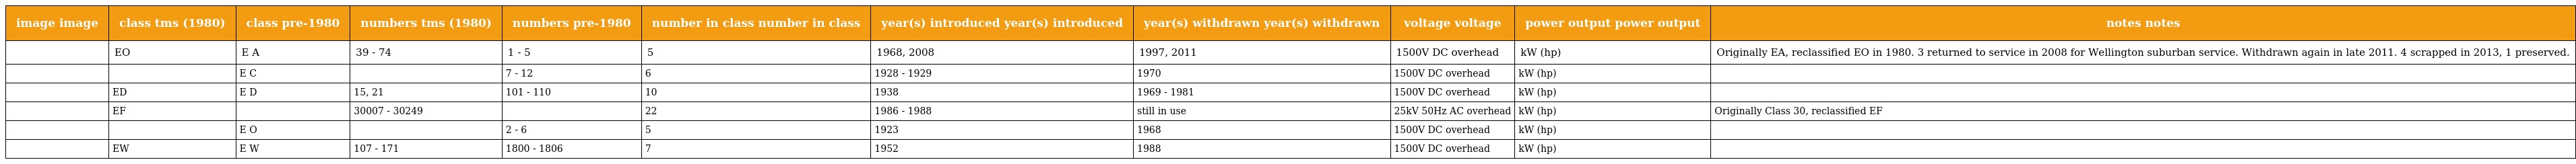
| image image | class tms (1980) | class pre-1980 | numbers tms (1980) | numbers pre-1980 | number in class number in class | year(s) introduced year(s) introduced | year(s) withdrawn year(s) withdrawn | voltage voltage | power output power output | notes notes |
 | --- | --- | --- | --- | --- | --- | --- | --- | --- | --- | --- |
 |  | EO | E A | 39 - 74 | 1 - 5 | 5 | 1968, 2008 | 1997, 2011 | 1500V DC overhead | kW (hp) | Originally EA, reclassified EO in 1980. 3 returned to service in 2008 for Wellington suburban service. Withdrawn again in late 2011. 4 scrapped in 2013, 1 preserved. |
 |  |  | E C |  | 7 - 12 | 6 | 1928 - 1929 | 1970 | 1500V DC overhead | kW (hp) |  |
 |  | ED | E D | 15, 21 | 101 - 110 | 10 | 1938 | 1969 - 1981 | 1500V DC overhead | kW (hp) |  |
 |  | EF |  | 30007 - 30249 |  | 22 | 1986 - 1988 | still in use | 25kV 50Hz AC overhead | kW (hp) | Originally Class 30, reclassified EF |
 |  |  | E O |  | 2 - 6 | 5 | 1923 | 1968 | 1500V DC overhead | kW (hp) |  |
 |  | EW | E W | 107 - 171 | 1800 - 1806 | 7 | 1952 | 1988 | 1500V DC overhead | kW (hp) |  |